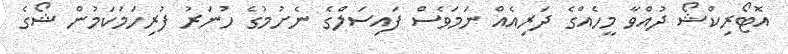
އޮޓޯރިކްޝޯ ދުއްވާ މީހެއްގެ ދަރިއެއް ނަމަވެސް ފައިސަލްގެ ނެށުމުގެ ހުނަރު ފުރިހަމަކަމުން ޝޯގެ